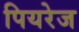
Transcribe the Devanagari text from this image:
पियरेज